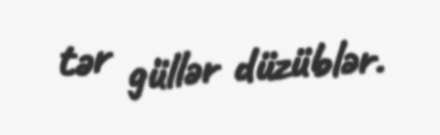
tər güllər düzüblər.